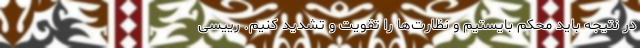
در نتیجه باید محکم بایستیم و نظارت‌ها را تقویت و تشدید کنیم. رییسی